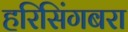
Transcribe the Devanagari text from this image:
हरिसिंगबरा